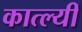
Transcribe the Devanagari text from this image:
कात्ल्यीं